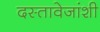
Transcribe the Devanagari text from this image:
दस्तावेजांशी